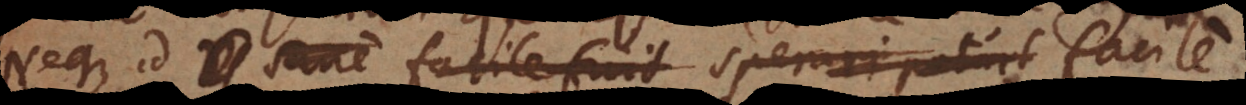
Neque id sane facile fuit sperari potuit facile